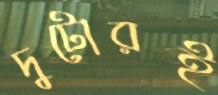
দুটোরই